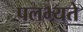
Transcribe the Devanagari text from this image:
पलभ्यते